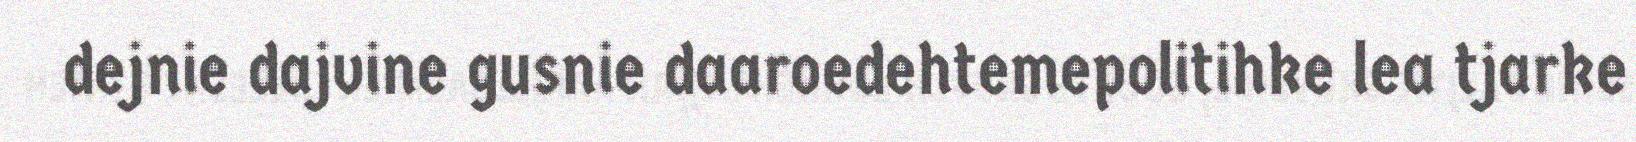
dejnie dajvine gusnie daaroedehtemepolitihke lea tjarke